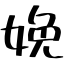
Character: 娩